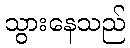
သွားနေသည်